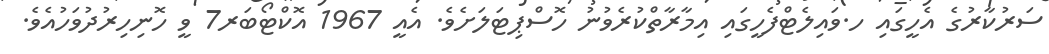
ސަރުކާރުގެ އެހީގައި ހ.ވައިލެޓްފެހީގައި އިމާރާތްކުރެވުނު ހޮސްޕިޓަލަށެވެ. އެއީ 1967 އޮކްޓޯބަރ7 ވީ ހޮނިހިރުދުވަހުއެވެ.